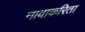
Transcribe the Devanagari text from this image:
नावाकरिता